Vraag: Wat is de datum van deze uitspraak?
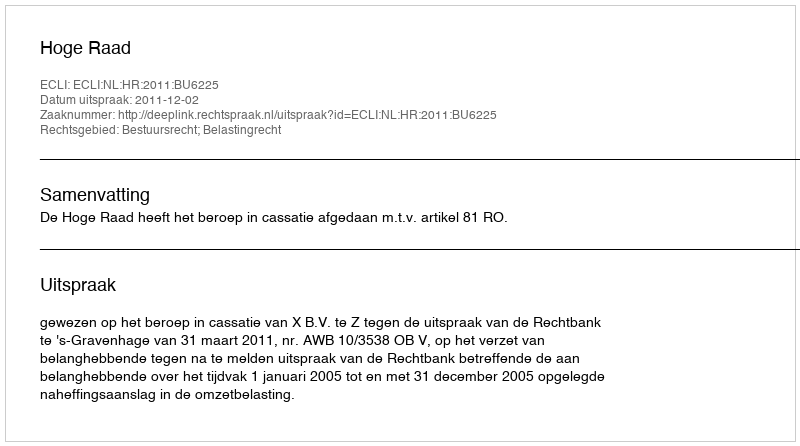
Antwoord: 2011-12-02